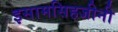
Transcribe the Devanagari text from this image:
इसामसिहजीनी